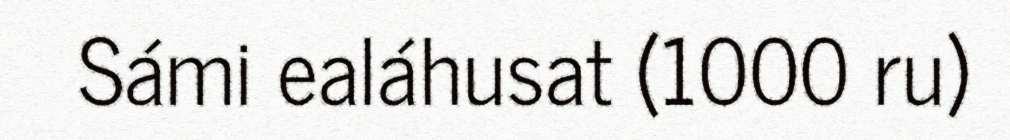
Sámi ealáhusat (1000 ru)